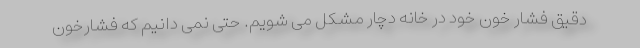
دقیق فشار خون خود در خانه دچار مشکل می شویم. حتی نمی دانیم که فشارخون